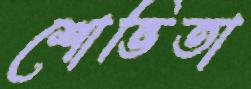
শোভিতা